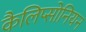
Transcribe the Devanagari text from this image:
कैलिप्सोनियन